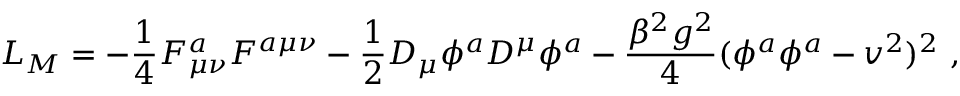
L _ { M } = - \frac { 1 } { 4 } F _ { \mu \nu } ^ { a } F ^ { a \mu \nu } - \frac { 1 } { 2 } D _ { \mu } \phi ^ { a } D ^ { \mu } \phi ^ { a } - \frac { \beta ^ { 2 } g ^ { 2 } } { 4 } ( \phi ^ { a } \phi ^ { a } - v ^ { 2 } ) ^ { 2 } \ ,